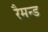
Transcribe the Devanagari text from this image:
रैमन्ड